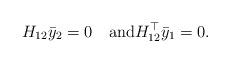
LaTeX: \begin{align*}H_{12} \bar y_2=0 \quad{\rm and} H_{12}^\top\bar y_1=0.\end{align*}